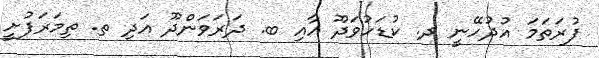
ފުރަތަމަ އުދުހޭނީ ދ. ކުޑަހުވަދޫ އާއި ބ. ދަރަވަންދޫ އަދި ތ. ތިމަރަފުށީ